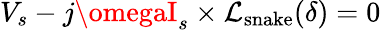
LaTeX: V_{s}-j\omegaI_{s}\times\mathcal{L}_{\mathrm{{snake}}}(\delta)=0